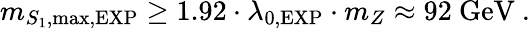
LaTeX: m_{S_{1},\mathrm{max},\mathrm{EXP}}\ge 1.92\cdot\lambda_{0,\mathrm{EXP}}\cdot m_{Z}\approx 92\ \mathrm{GeV}\ .